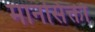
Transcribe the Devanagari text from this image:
मानसिक्ता